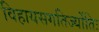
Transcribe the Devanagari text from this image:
विहायसगतिर्ज्योतिः